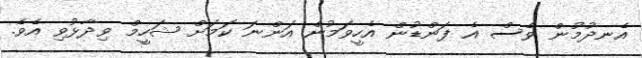
އެނދުމުން ވެސް އެ ފަންޑުން އެހީވަމުން އަންނަ ކަމަށް ޝަހީމް ވިދާޅުވި އެވެ.